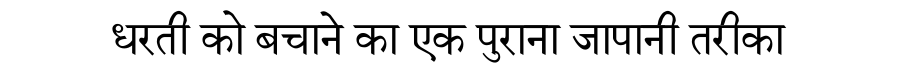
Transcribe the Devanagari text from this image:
धरती को बचाने का एक पुराना जापानी तरीका